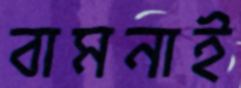
বামনাই